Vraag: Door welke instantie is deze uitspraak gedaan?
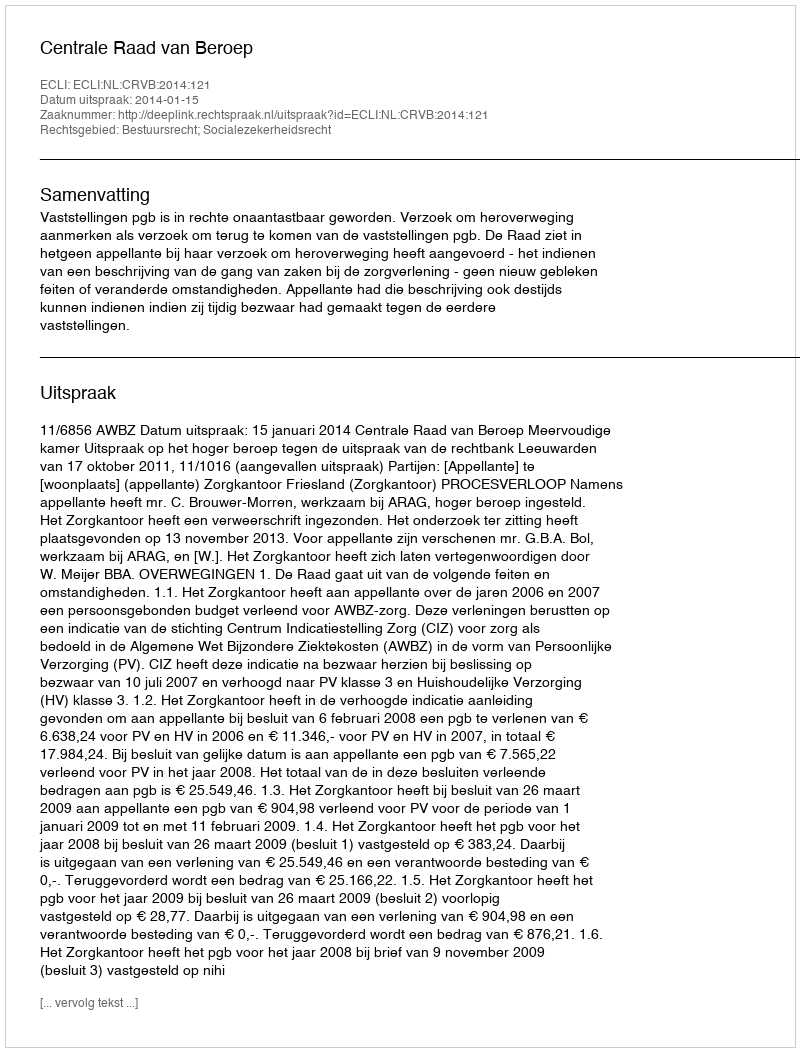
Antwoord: Centrale Raad van Beroep